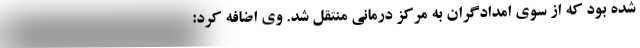
شده بود که از سوی امدادگران به مرکز درمانی منتقل شد. وی اضافه کرد:‌